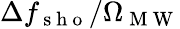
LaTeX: \Delta f_{\mathrm{~s~h~o~}}/\Omega_{\mathrm{~M~W~}}